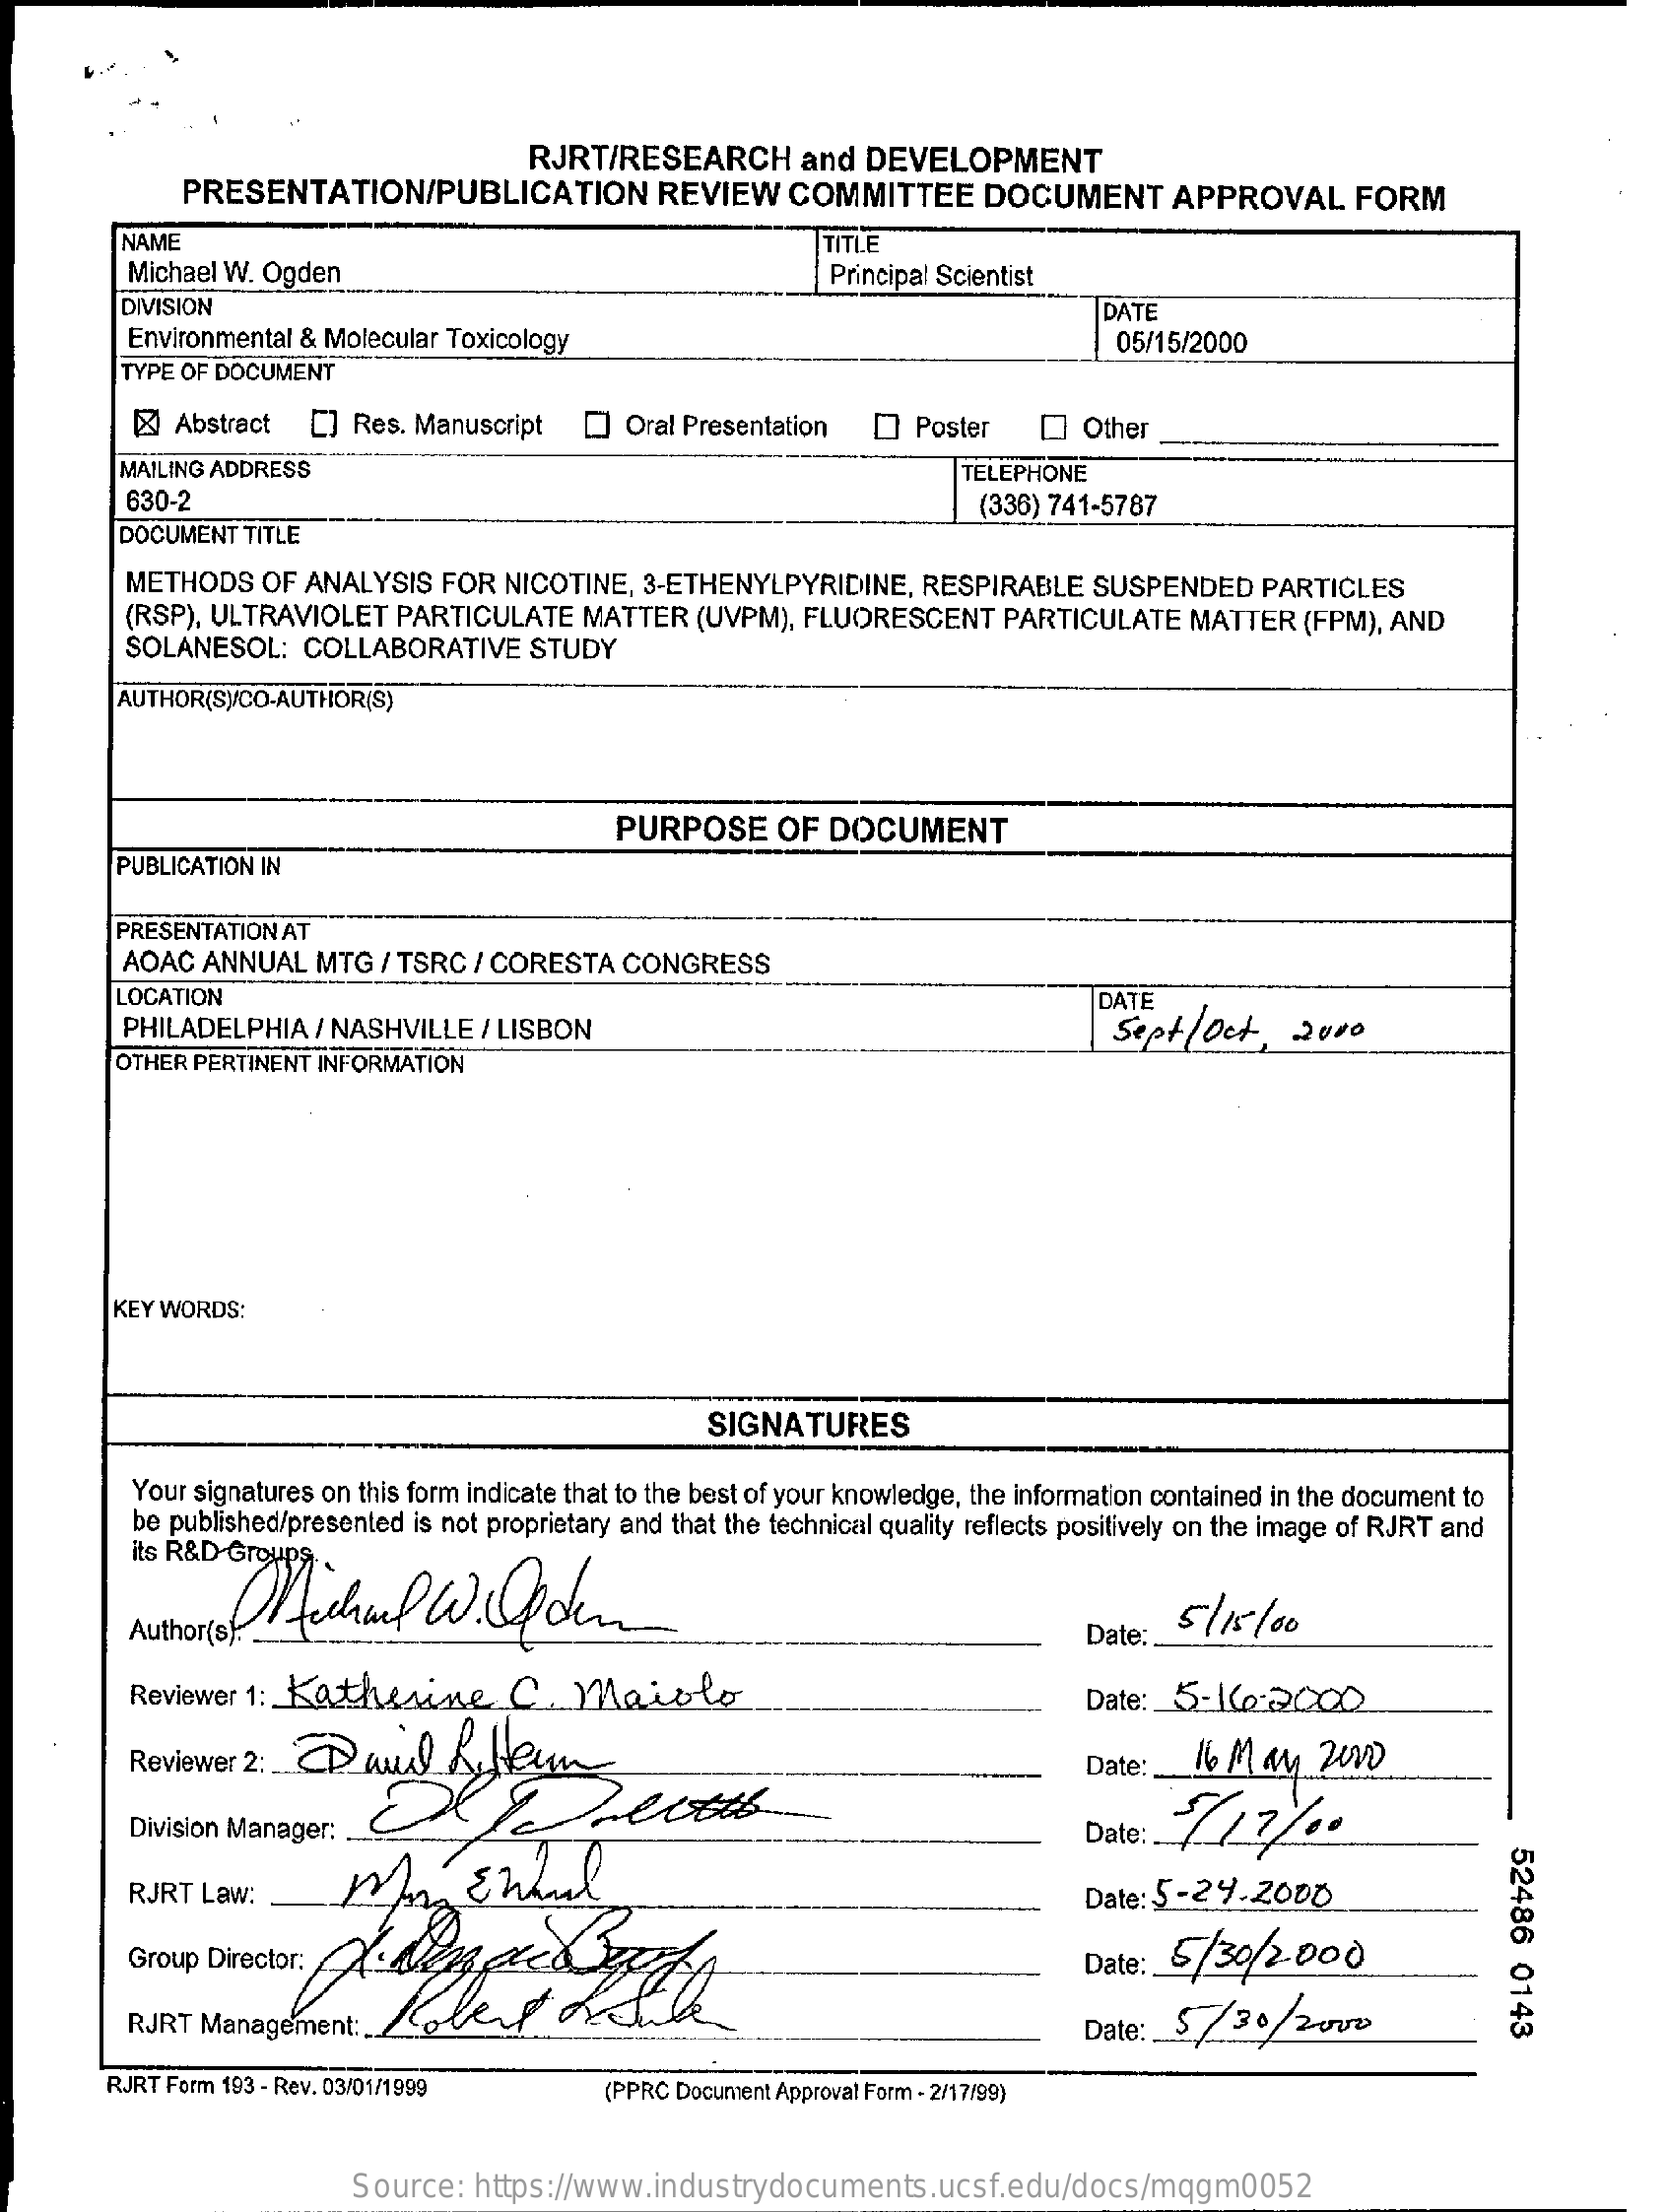
RJRT/RESEARCH    and  DEVELOPMENT
     PRESENTATION/PUBLICATION    REVIEW    COMMITTEE    DOCUMENT    APPROVAL    FORM
     NAME
     Michael W. Ogden
     TITLE
     Principal Scientist
     DIVISION    DATE
     Environmental & Molecular Toxicology    05/15/2000
     TYPE OF DOCUMENT
     [  Abstract  [] Res. Manuscript  [] Oral Presentation  [] Poster    Other
     MAILING ADDRESS    TELEPHONE
     630-2    (336) 741-5787
     DOCUMENT TITLE
     METHODS   OF  ANALYSIS  FOR NICOTINE,  3-ETHENYLPYRIDINE,  RESPIRABLE   SUSPENDED   PARTICLES
     (RSP), ULTRAVIOLET  PARTICULATE   MATTER  (UVPM), FLUORESCENT    PARTICULATE   MATTER  (FPM), AND
     SOLANESOL:  COLLABORATIVE    STUDY
     AUTHOR(S)/CO-AUTHOR(S)
     PURPOSE    OF  DOCUMENT
     PUBLICATION IN
     PRESENTATION AT
     AOAC  ANNUAL  MTG  / TSRC / CORESTA  CONGRESS
     LOCATION    DATE
     PHILADELPHIA  / NASHVILLE  / LISBON    Sept  / Oct,  2000
     OTHER PERTINENT INFORMATION
     KEY WORDS:
     SIGNATURES
     Your signatures on this form indicate that to the best of your knowledge, the information contained in the document to
     its R&D Groups
     be published/presented is not proprietary and that the technical quality reflects positively on the image of RJRT and
     . DAfichal    W   . Ofden
     Author(s)    Date :_
     5/15/00
     Reviewer 1: Katherine    C.  Maiolo    Date: 5:16:2000
     Date:  16 May   2000
     Division Manager:    Date: .
     52486
     0143
     RJRT  Law:    Mon    Enhul    Date: 5-24.2000
     Group Director:    Date: 5/30/2    000
     RJRT  Management: ...    Date: 5/  30/2000
     RJRT Form 193 - Rev. 03/01/1999    (PPRC Document Approval Form - 2/17/99)
     Source:  https://www.industrydocuments.ucsf.edu/docs/mqgm0052